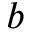
b